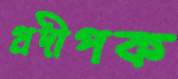
প্রদীপক